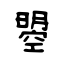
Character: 曌